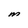
Character: M